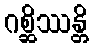
ဂစ္ဆိဿန္တိ